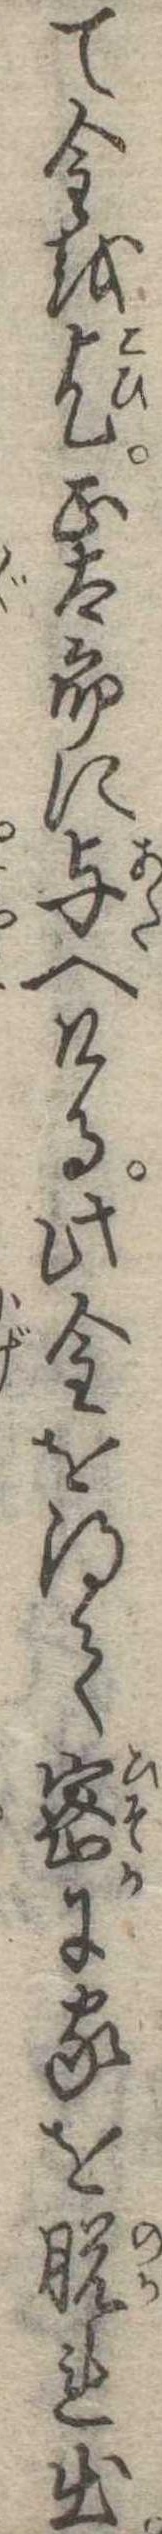
て金を乞正太郎に与へける此金を得て密に家を脱れ出